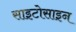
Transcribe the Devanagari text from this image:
साइटोसाइन